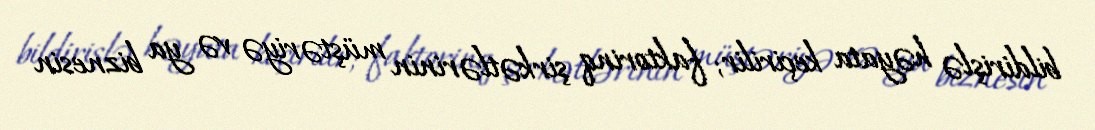
bildirişlə həyata keçirilir; faktorinq şirkətlərinin müştəriyə və ya biznesin